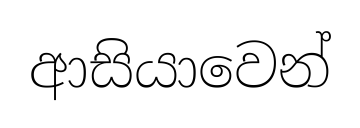
ආසියාවෙන්